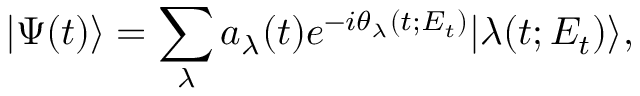
| \Psi ( t ) \rangle = \sum _ { \lambda } a _ { \lambda } ( t ) e ^ { - i \theta _ { \lambda } ( t ; E _ { t } ) } | \lambda ( t ; E _ { t } ) \rangle ,